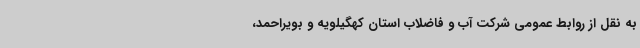
به نقل از روابط عمومی شرکت آب و فاضلاب استان کهگیلویه و بویراحمد،